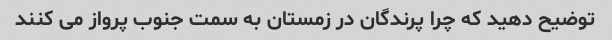
توضیح دهید که چرا پرندگان در زمستان به سمت جنوب پرواز می کنند